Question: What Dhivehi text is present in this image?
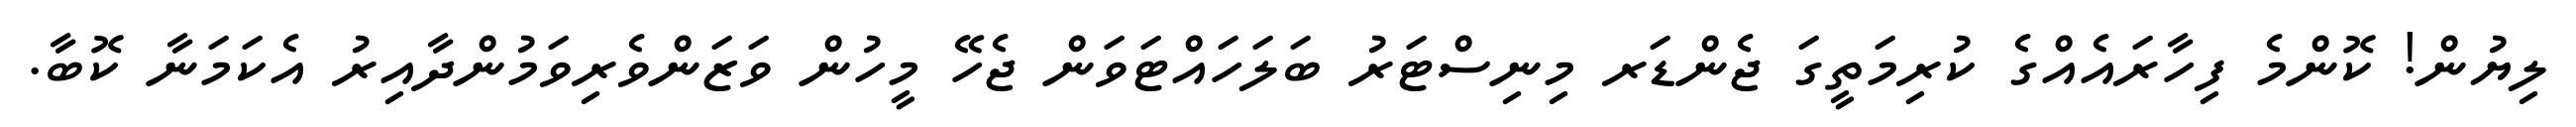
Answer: ލިޔުން! ކޮންމެ ފިހާރައެއްގެ ކުރިމަތީގަ ޖެންޑަރ މިނިސްޓަރު ބަލަހައްޓަވަން ޖެހޭ މީހުން ވަޒަންވެރިވަމުންދާއިރު އެކަމަނާ ކޮބާ.